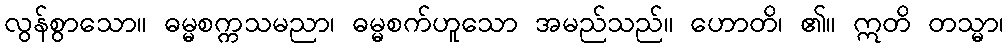
လွန်စွာသော။ ဓမ္မစက္ကသမညာ၊ ဓမ္မစက်ဟူသော အမည်သည်။ ဟောတိ၊ ၏။ ဣတိ တသ္မာ၊